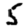
Digit: 5